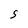
Character: S